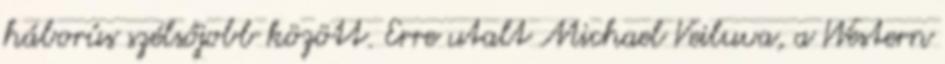
háborús szélsőjobb között. Erre utalt Michael Veiluva, a Western